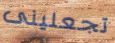
تجعلينى